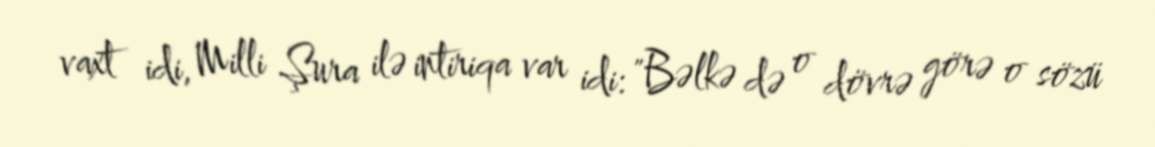
vaxt idi, Milli Şura ilə intiriqa var idi: "Bəlkə də o dövrə görə o sözü